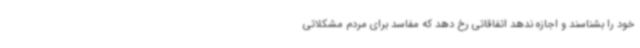
خود را بشناسند و اجازه ندهد اتفاقاتی رخ دهد که مفاسد برای مردم مشکلاتی